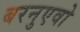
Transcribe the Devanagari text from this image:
बरनुएवो